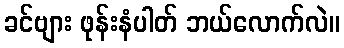
ခင်ဗျား ဖုန်းနံပါတ် ဘယ်လောက်လဲ။